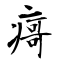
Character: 𰣻